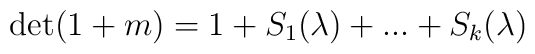
\det ( 1+m)=1+S_1(\lambda )+...+S_k(\lambda )